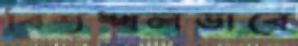
বিশৃঙ্খলভাবে